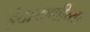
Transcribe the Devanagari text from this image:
इंदायणीच्या